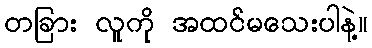
တခြား လူကို အထင်မသေးပါနဲ့။